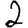
Digit: 2